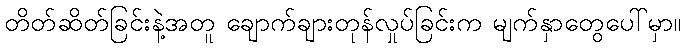
တိတ်ဆိတ်ခြင်းနဲ့အတူ ချောက်ချားတုန်လှုပ်ခြင်းက မျက်နှာတွေပေါ်မှာ။